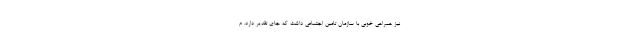
نیز همراهی خوبی با سازمان تامین اجتماعی داشت که جای تقدیر دارد. م